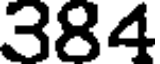
384